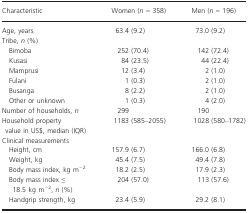
| Characteristic | Women (n = 358) | Men (n = 196) |
 | --- | --- | --- |
 | Age, years | 63.4 (9.2) | 73.0 (9.2) |
 | <COLSPAN=3> Tribe, n (%) |
 | Bimoba | 252 (70.4) | 142 (72.4) |
 | Kusasi | 84 (23.5) | 44 (22.4) |
 | Mamprusi | 12 (3.4) | 2 (1.0) |
 | Fulani | 1 (0.3) | 2 (1.0) |
 | Busanga | 8 (2.2) | 2 (1.0) |
 | Other or unknown | 1 (0.3) | 4 (2.0) |
 | Number of households, n | 299 | 190 |
 | Household property value in US$, median (IQR) | 1183 (585–2055) | 1028 (580–1782) |
 | <COLSPAN=3> Clinical measurements |
 | Height, cm | 157.9 (6.7) | 166.0 (6.8) |
 | Weight, kg | 45.4 (7.5) | 49.4 (7.8) |
 | Body mass index, kg m−2 | 18.2 (2.5) | 17.9 (2.3) |
 | Body mass index ≤ 18.5 kg m−2, n (%) | 204 (57.0) | 113 (57.6) |
 | Handgrip strength, kg | 23.4 (5.9) | 29.2 (8.1) |